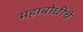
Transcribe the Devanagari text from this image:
महाबोधीचे